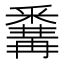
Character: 𨤚